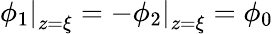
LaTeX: \left.\phi_{1}\right|_{z=\xi}=-\left.\phi_{2}\right|_{z=\xi}=\phi_{0}